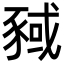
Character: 𬥂